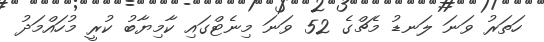
ހަތަރު ވަނަ ލަނޑު މެޗްގެ 52 ވަނަ މިނެޓްގައި ކާމިޔާބު ކުރީ މުހައްމަދު